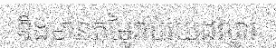
និងមានតម្លៃរាប់រយដុល្លារ